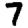
Digit: 7